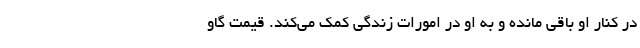
در کنار او باقی مانده و به او در امورات زندگی کمک می‌کند. قیمت گاو